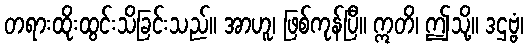
တရားထိုးထွင်းသိခြင်းသည်။ အာဟူ၊ ဖြစ်ကုန်ပြီ။ ဣတိ၊ ဤသို့။ ဒဌဗ္ဗံ၊